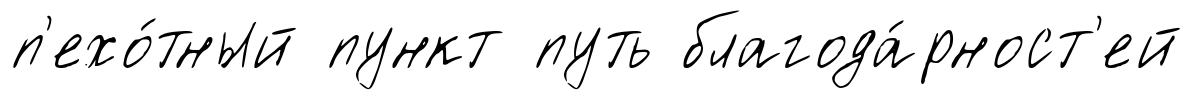
п'ехо́тный пункт путь благода́рност'ей